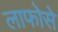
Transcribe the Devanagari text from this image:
लाफोसे